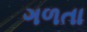
ગળતા